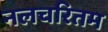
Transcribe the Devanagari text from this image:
नलचरितम